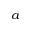
^ a